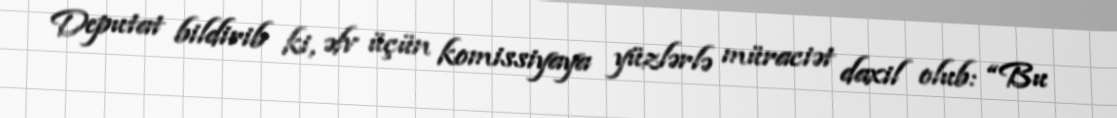
Deputat bildirib ki, əfv üçün komissiyaya yüzlərlə müraciət daxil olub: “Bu